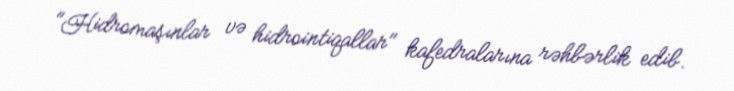
"Hidromaşınlar və hidrointiqallar" kafedralarına rəhbərlik edib.